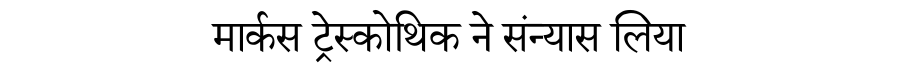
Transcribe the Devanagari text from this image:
मार्कस ट्रेस्कोथिक ने संन्यास लिया